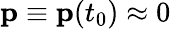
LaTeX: \textbf{p}\equiv\textbf{p}(t_{0})\approx 0